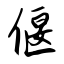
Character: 偃